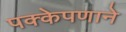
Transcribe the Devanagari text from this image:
पक्केपणाने